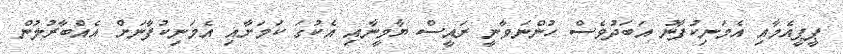
ޕީޕީއެމާއި އެމަނިކުފާނު އަބަދުވެސް ހުންނަވާނީ ރައީސް ޔާމީނާއި އެކުގަ ކަމަށާއި އެމަނިކުފާނަށް އެއްބާރުލުން